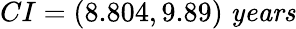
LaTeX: CI=(8.804,9.89)\; \textrm{\textit{years}}